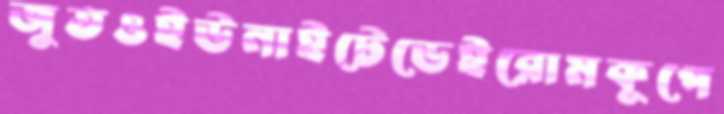
জুতওইউনাইটেডেইরোমকূপে